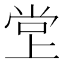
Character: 𫵁